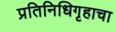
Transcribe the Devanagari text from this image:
प्रतिनिधिगृहाचा